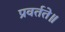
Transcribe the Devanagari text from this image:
प्रवर्तते॥